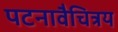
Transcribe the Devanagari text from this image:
पटनावैचित्रय